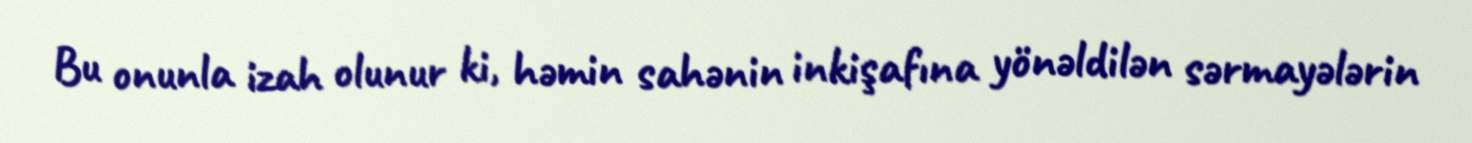
Bu onunla izah olunur ki, həmin sahənin inkişafına yönəldilən sərmayələrin